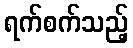
ရက်စက်သည့်